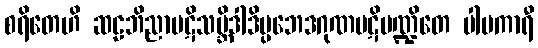
စရိတေဟိ ဆဠဘိညာပဋိသမ္ဘိဒါဒိပ္ပဘေဒဂုဏပဋိမဏ္ဍိတေ ပါပကာရီ